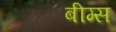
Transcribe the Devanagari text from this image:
बीग्स